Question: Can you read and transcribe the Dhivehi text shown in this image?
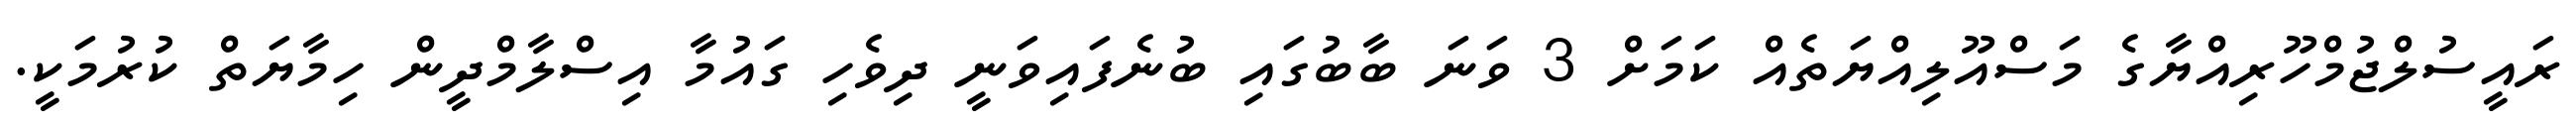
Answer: ރައީސުލްޖުމްހޫރިއްޔާގެ މަސްއޫލިއްޔަތެއް ކަމަށް 3 ވަނަ ބާބުގައި ބުނެފައިވަނީ ދިވެހި ގައުމާ އިސްލާމްދީން ހިމާޔަތް ކުރުމަކީ.